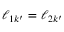
{ \boldsymbol { \ell } } _ { 1 k ^ { \prime } } = { \boldsymbol { \ell } } _ { 2 k ^ { \prime } }